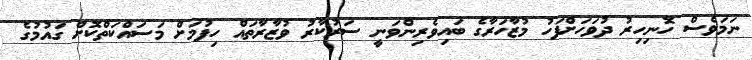
ނަމަވެސް ހޮނިހިރު ދުވަހަށްފަހު މުޒާހަރާގެ ބައިވެރިންވަނީ ސަރުކާރު ވުޒާރާތައް ހިފުމަށް މަސައްކަތްކޮށް ގައުމުގެ